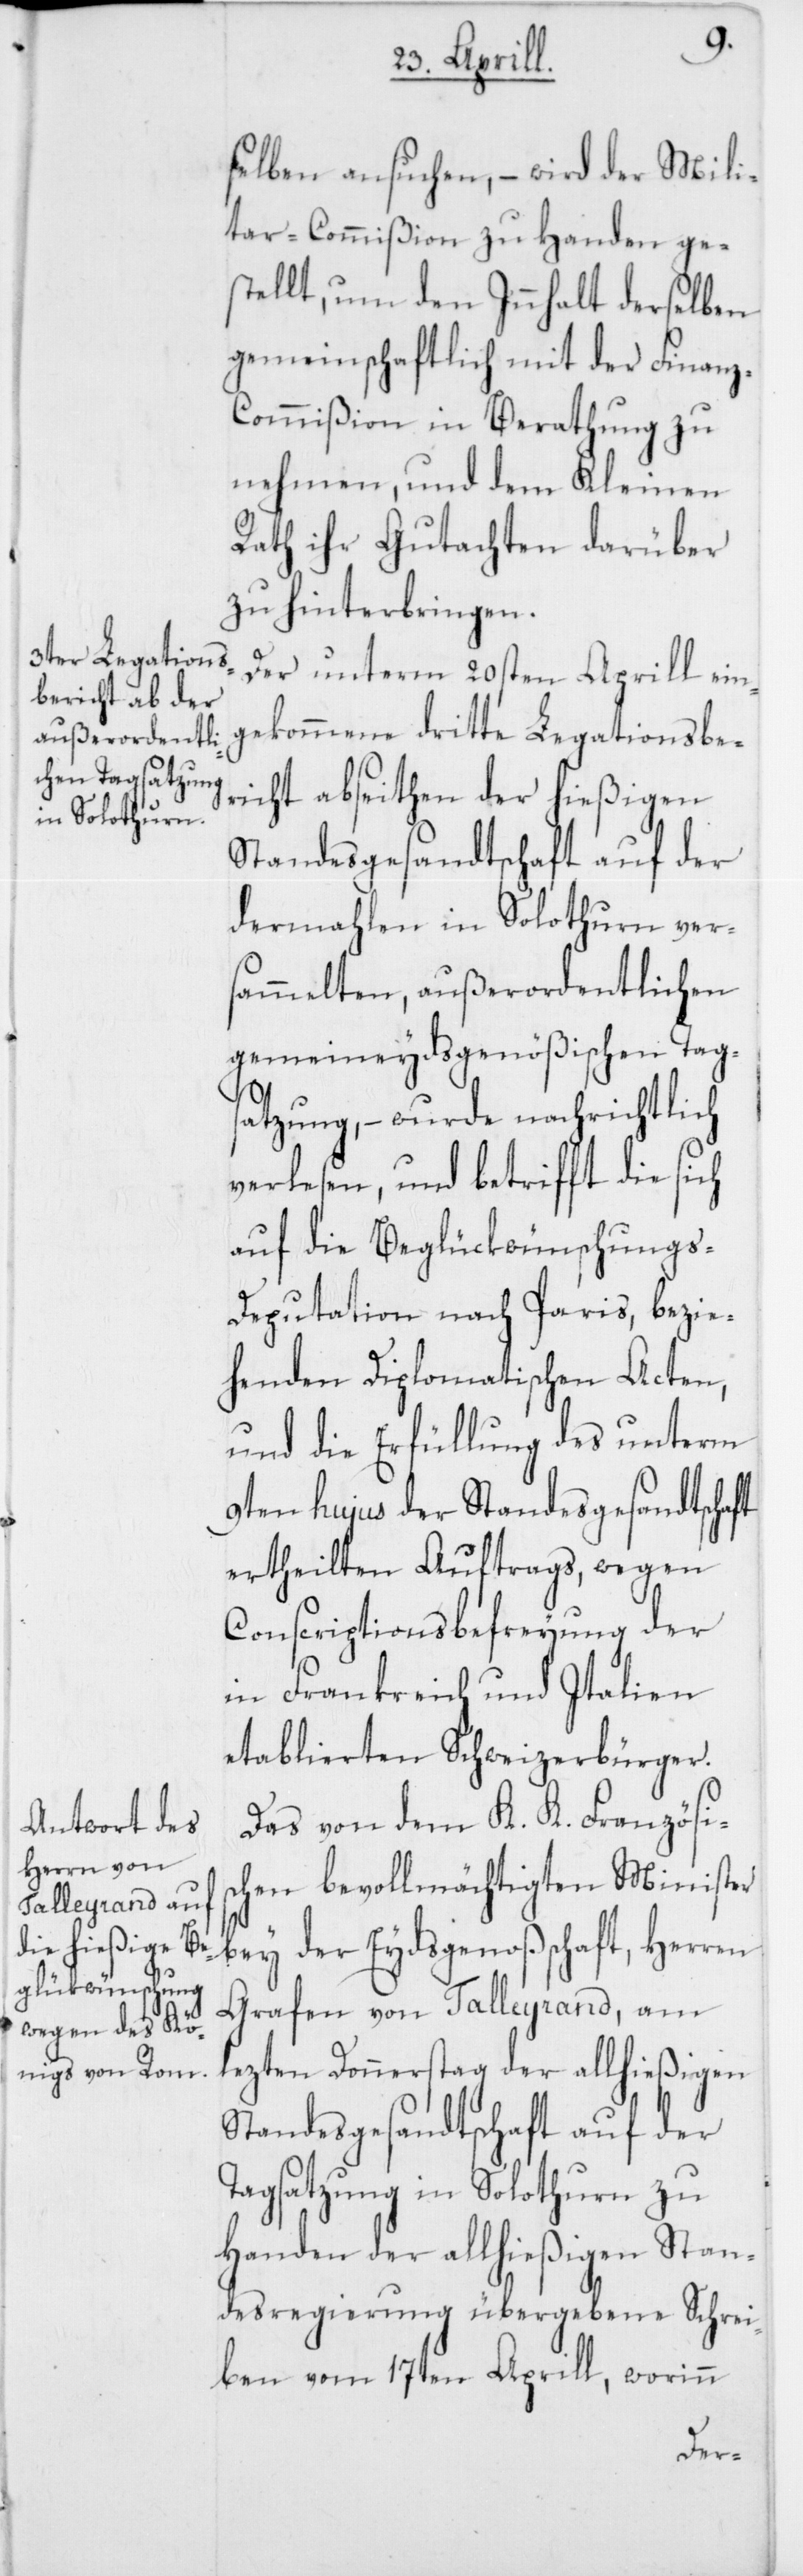
selben ansuchen, – wird der Mili¬
tar-Commißion zu Handen ge¬
stellt, um den Innhalt derselben
gemeinschaftlich mit der Finan¬
z-Commißion in Berathung zu
nehmen, und dem Kleinen
Rath ihr Gutachten darüber
zu hinterbringen.
Der unterm 20sten Aprill ein¬
gekommene dritte Legationsbe¬
richt abseithen der hießigen
Standesgesandtschaft auf der
dermahlen in Solothurn vers¬
ammelten, außerordentlichen
gemeineydsgenößischen Tags¬
atzung, – wurde nachrichtlich
verlesen, und betrifft die sich
auf die Beglükwünschungs-D¬
eputation nach Paris, bezie¬
henden Diplomatischen Acten,
und die Erfüllung des unterm
9ten hujus der Standesgesandtschaft
ertheilten Auftrags, wegen
Conscriptionsbefreyung der
in Frankreich und Italien
etablierten Schweizerbürger.
Das von dem K. K. Französis¬
chen bevollmächtigten Minister
bey der Eydsgenoßschaft, Herren
Grafen von Talleyrand, am
lezten Donnerstag der allhießigen
Standesgesandtschaft auf der
Tagsatzung in Solothurn zu
Handen der allhießigen Stan¬
desregierung übergebene Schrei¬
ben vom 17ten Aprill, worinn